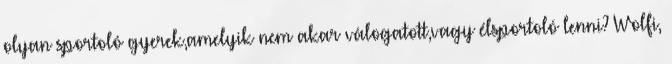
olyan sportoló gyerek,amelyik nem akar válogatott,vagy élsportoló lenni? Wolfi,